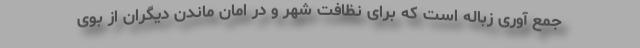
جمع آوری زباله است که برای نظافت شهر و در امان ماندن دیگران از بوی